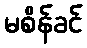
မစိန်ခင်